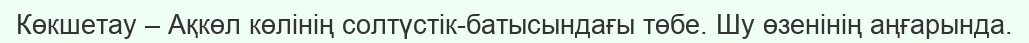
Көкшетау – Ақкөл көлінің солтүстік-батысындағы төбе. Шу өзенінің аңғарында.